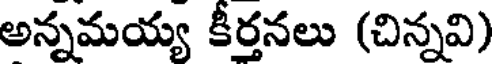
అన్నమయ్య కీర్తనలు (చిన్నవి)